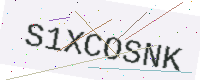
Text: S1XCOSNK